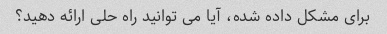
برای مشکل داده شده، آیا می توانید راه حلی ارائه دهید؟